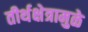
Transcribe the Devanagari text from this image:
तीर्थक्षेत्रामुळे